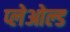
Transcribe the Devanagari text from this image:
प्लेओल्ड